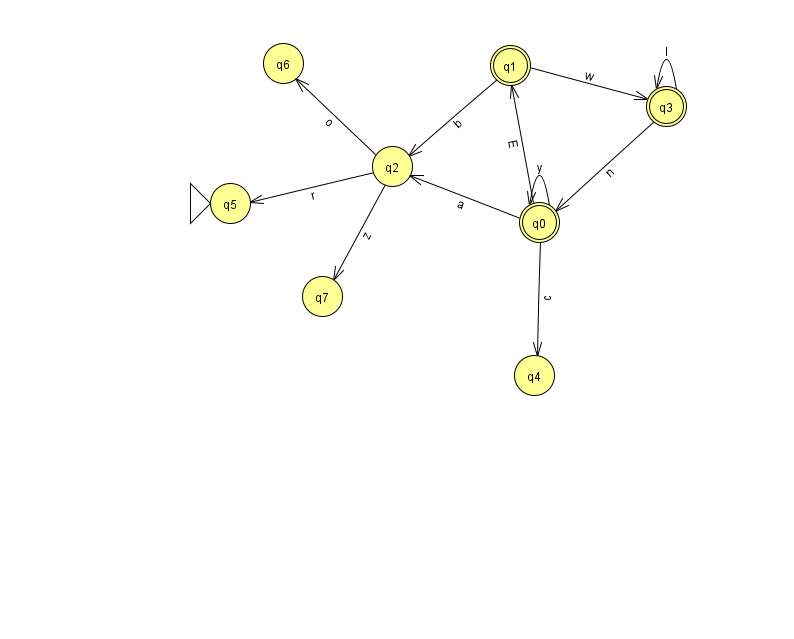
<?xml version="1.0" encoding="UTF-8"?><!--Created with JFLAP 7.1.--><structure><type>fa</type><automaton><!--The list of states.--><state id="0" name="q0"><x>539.0</x><y>209.0</y><final/></state><state id="1" name="q1"><x>510.0</x><y>52.0</y><final/></state><state id="2" name="q2"><x>392.0</x><y>153.0</y></state><state id="3" name="q3"><x>666.0</x><y>93.0</y><final/></state><state id="4" name="q4"><x>534.0</x><y>362.0</y></state><state id="5" name="q5"><x>230.0</x><y>190.0</y><initial/></state><state id="6" name="q6"><x>283.0</x><y>50.0</y></state><state id="7" name="q7"><x>322.0</x><y>283.0</y></state><!--The list of transitions.--><transition><from>0</from><to>4</to><read>c</read></transition><transition><from>3</from><to>0</to><read>n</read></transition><transition><from>1</from><to>3</to><read>w</read></transition><transition><from>1</from><to>2</to><read>b</read></transition><transition><from>2</from><to>5</to><read>r</read></transition><transition><from>0</from><to>0</to><read>y</read></transition><transition><from>2</from><to>7</to><read>z</read></transition><transition><from>3</from><to>3</to><read>I</read></transition><transition><from>0</from><to>2</to><read>a</read></transition><transition><from>2</from><to>6</to><read>o</read></transition><transition><from>0</from><to>1</to><read>E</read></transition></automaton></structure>